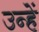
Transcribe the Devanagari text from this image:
उन्हेंं